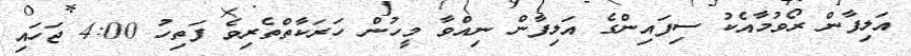
އަލިފާން ރޯވުމާއެކު ސިފައިންގެ އަލިފާން ނިއްވާ މީހުން ހަރަކާތްތެރިވެ ފަތިހު 4:00 ޖަހައި